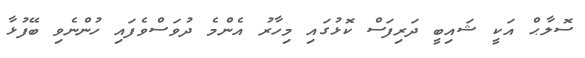
ސޮލާޙް އަކީ ޝައިބީ ދަރިފަސް ކޮޅުގައި މިހާރު އެންމެ ދުވަސްވެފައި ހުންނެވި ބޭފުޅާ